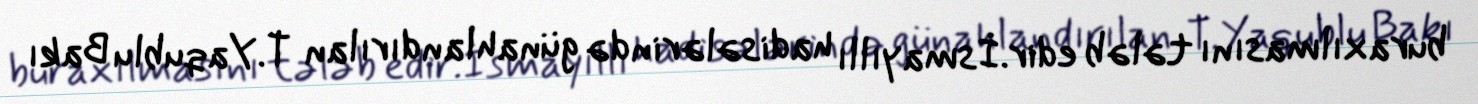
buraxılmasını tələb edir.İsmayıllı hadisələrində günahlandırılan T.Yaqublu Bakı